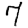
Digit: 7